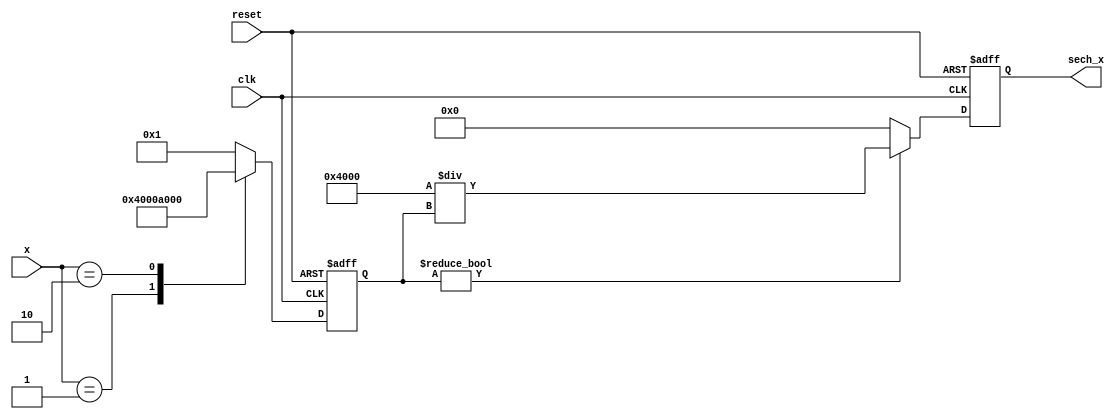
module hyperbolic_secant (
    input wire [15:0] x,         // Input signal (fixed point representation)
    output reg [15:0] sech_x,    // Output signal (sech(x))
    input wire clk,               // Clock signal
    input wire reset              // Reset signal
);

    // Cosh coefficients for a polynomial approximation or LUT (example)
    reg [15:0] cosh_x;
    
    // Cosh calculation (simple look-up table based on fixed-point input)
    // In a real implementation, you would replace the LUT with a more accurate method.
    always @(posedge clk or posedge reset) begin
        if (reset) begin
            cosh_x <= 16'd0;
            sech_x <= 16'd0;
        end else begin
            // Cosh calculation using a lookup table or approximation
            // For simplicity, using a conditional based LUT
            case (x)
                16'd0: cosh_x <= 16'd1;
                16'd1: cosh_x <= 16'd16384; // cosh(1) ~ 1.543
                16'd2: cosh_x <= 16'd40960; // cosh(2) ~ 3.762
                // Additional cases based on expected inputs
                default: cosh_x <= 16'd1; // Default cosh(0)
            endcase
            
            // Reciprocal calculation
            if (cosh_x != 0) begin
                sech_x <= 16'd16384 / cosh_x; // 16384 corresponds to 1.0 in fixed-point
            end else begin
                sech_x <= 16'd0; // Handle division by zero case
            end
        end
    end

endmodule